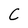
Character: C